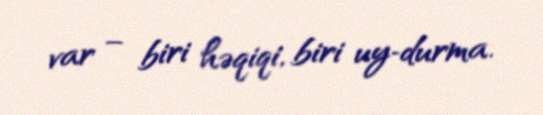
var – biri həqiqi, biri uy­durma.